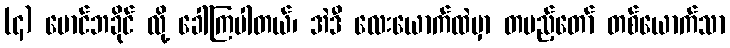
(၄) မောင်ဘခိုင် လို့ ခေါ်ကြပါတယ်၊ အဲဒီ လေးယောက်ထဲမှာ တပည့်တော် တစ်ယောက်သာ